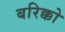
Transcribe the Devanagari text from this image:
बरिक्को